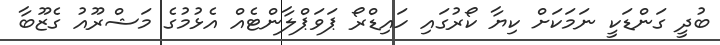
ބުދީ ގަންޑަކީ ނަމަކަށް ކިޔާ ކޯރުގައި ހައިޑްރޯ ޕަވަޕްލާންޓެއް އެޅުމުގެ މަޝްރޫއު ގެޒޫބާ